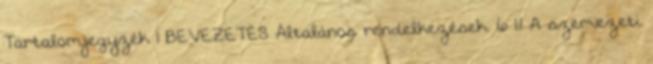
Tartalomjegyzék 1 BEVEZETÉS Általános rendelkezések. 6 1.1 A szervezeti